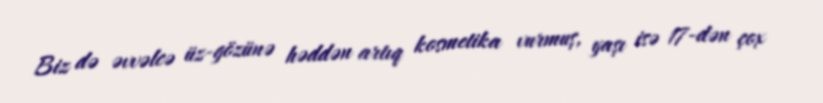
Biz də əvvəlcə üz-gözünə həddən artıq kosmetika vurmuş, yaşı isə 17-dən çox